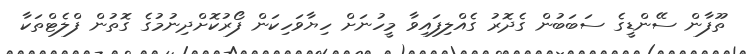
ތޫފާން ސޭންޑީގެ ސަބަބުން ގެދޮރު ގެއްލިފައިވާ މީހުނަށް ހިޔާވަހިކަން ފޯރުކޮށްދިނުމުގެ ގޮތުން ފްލެޓްތަކާ